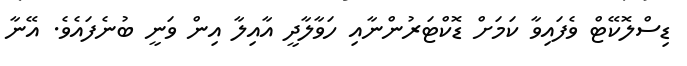
ޑިސްލޮކޭޓް ވެފައިވާ ކަމަށް ޑޮކްޓަރުންނާއި ހަވާލާދީ އާއިލާ އިން ވަނީ ބުނެފައެވެ. އޭނާ